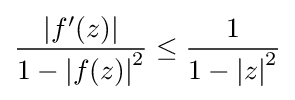
{\frac {\left|f'(z)\right|}{1-\left|f(z)\right|^{2}}}\leq {\frac {1}{1-\left|z\right|^{2}}}